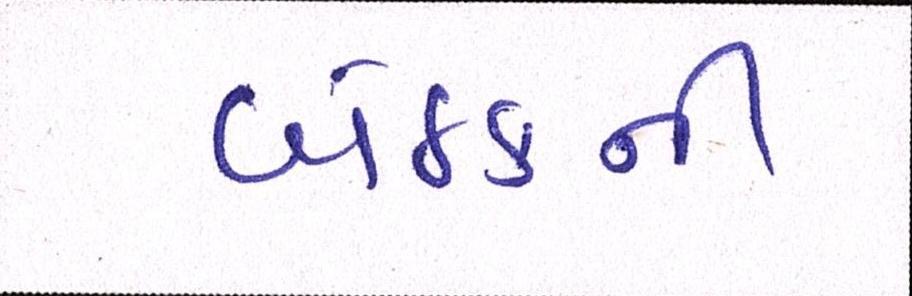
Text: બેઠકની